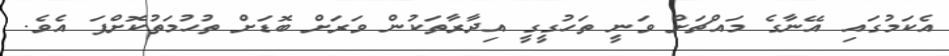
އެކަމުގައި އޭނާގެ މައްޗަށް ވަނީ ތަހުގީގީ އިދާރާތަކުން ވަރަށް ބޮޑަށް ތުހުމަތުކޮށްފަ އެވެ.